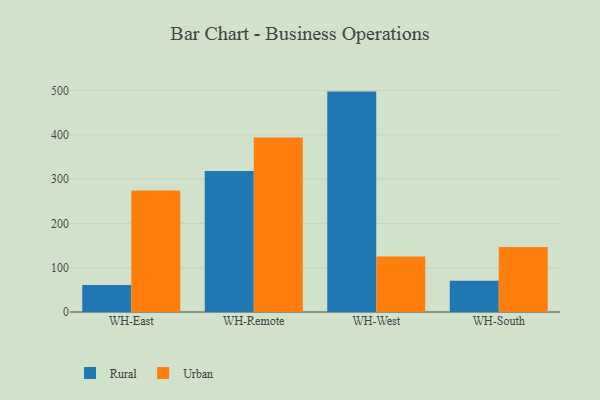
{"axis": {"x": "Warehouse", "y": "Demand Index"}, "legend": ["Rural", "Urban"], "data": [{"x": "WH-East", "y": 60.7, "type": "Rural"}, {"x": "WH-East", "y": 274.0, "type": "Urban"}, {"x": "WH-Remote", "y": 318.3, "type": "Rural"}, {"x": "WH-Remote", "y": 393.7, "type": "Urban"}, {"x": "WH-West", "y": 497.4, "type": "Rural"}, {"x": "WH-West", "y": 125.5, "type": "Urban"}, {"x": "WH-South", "y": 70.5, "type": "Rural"}, {"x": "WH-South", "y": 146.9, "type": "Urban"}]}